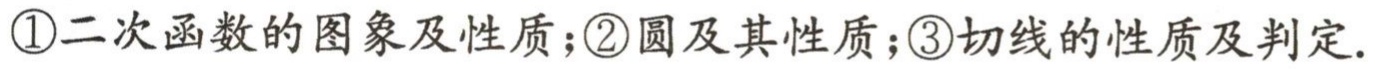
\textcircled{1}二次函数的图象及性质；\textcircled{2}圆及其性质；\textcircled{3}切线的性质及判定.